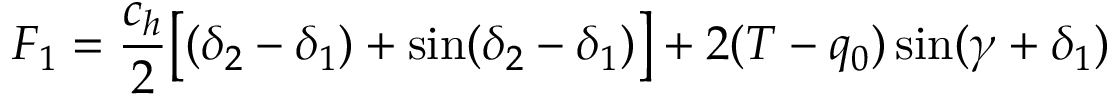
F _ { 1 } = \frac { c _ { h } } { 2 } \big [ ( \delta _ { 2 } - \delta _ { 1 } ) + \sin ( \delta _ { 2 } - \delta _ { 1 } ) \big ] + 2 ( T - q _ { 0 } ) \sin ( \gamma + \delta _ { 1 } )